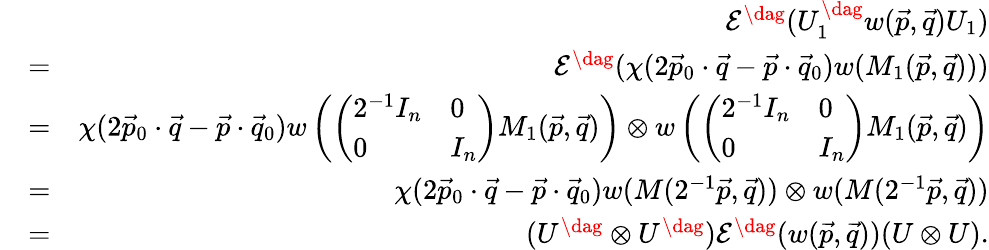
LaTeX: \begin{array}{rlr}&{}&{\mathcal{E}^{\dag}(U_{1}^{\dag}w(\vec{p},\vec{q})U_{1})}\\ &{=}&{\mathcal{E}^{\dag}(\chi(2\vec{p}_{0}\cdot\vec{q}-\vec{p}\cdot\vec{q}_{0})w(M_{1}(\vec{p},\vec{q})))}\\ &{=}&{\chi(2\vec{p}_{0}\cdot\vec{q}-\vec{p}\cdot\vec{q}_{0})w\left(\left(\begin{array}{ll}{2^{-1}I_{n}}&{0}\\ {0}&{I_{n}}\end{array}\right)M_{1}(\vec{p},\vec{q})\right)\otimes w\left(\left(\begin{array}{ll}{2^{-1}I_{n}}&{0}\\ {0}&{I_{n}}\end{array}\right)M_{1}(\vec{p},\vec{q})\right)}\\ &{=}&{\chi(2\vec{p}_{0}\cdot\vec{q}-\vec{p}\cdot\vec{q}_{0})w(M(2^{-1}\vec{p},\vec{q}))\otimes w(M(2^{-1}\vec{p},\vec{q}))}\\ &{=}&{(U^{\dag}\otimes U^{\dag})\mathcal{E}^{\dag}(w(\vec{p},\vec{q}))(U\otimes U).}\end{array}